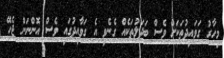
މިހާރު ގަވައިދުތަކަށް ވެސް ބަދަލުތަކެއް ގެނެވި އެ ގަވާއިދުގައި ވެސް އޮންނަން ޖެހޭ